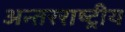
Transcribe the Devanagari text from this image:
अन्‍तरराष्ट्रीय